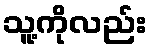
သူ့ကိုလည်း